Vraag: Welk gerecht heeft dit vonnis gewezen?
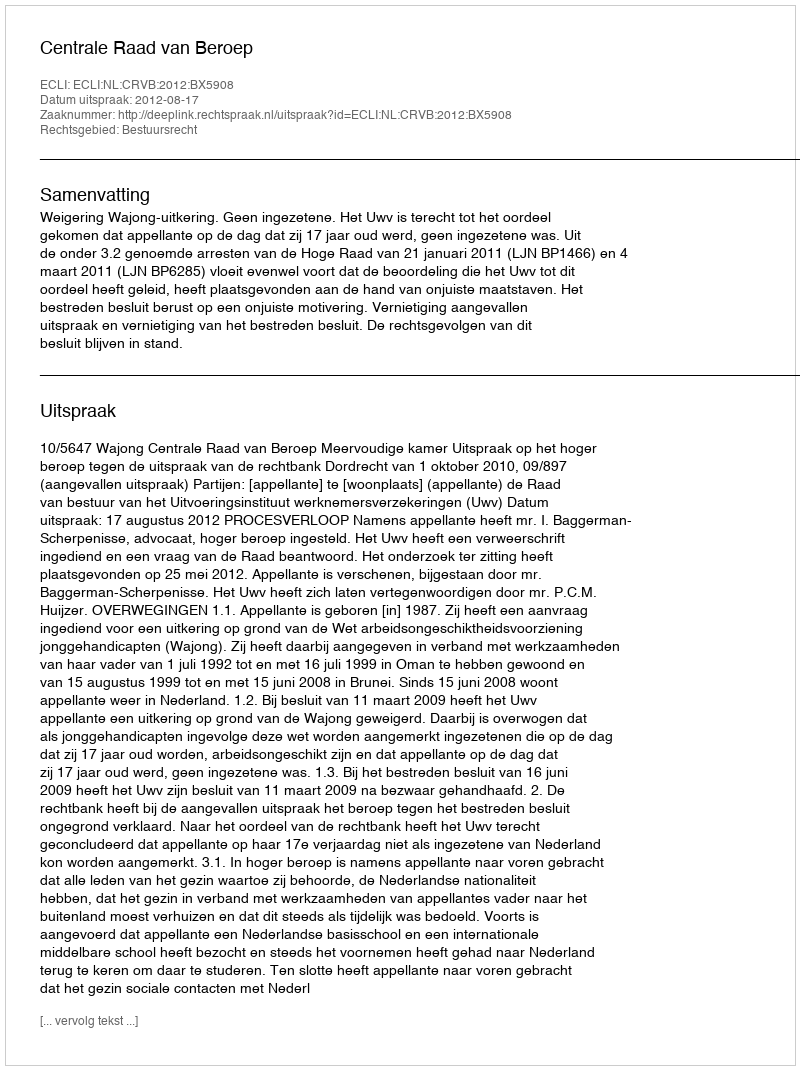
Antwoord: Centrale Raad van Beroep